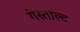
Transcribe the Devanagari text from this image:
गेस्ताल्ट